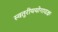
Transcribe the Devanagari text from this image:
स्वतुरीययोगादक्षः